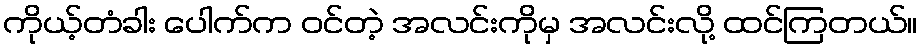
ကိုယ့်တံခါး ပေါက်က ဝင်တဲ့ အလင်းကိုမှ အလင်းလို့ ထင်ကြတယ်။